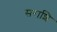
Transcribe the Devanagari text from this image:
सराशि